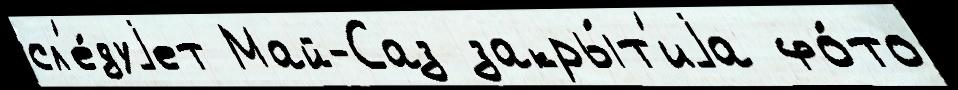
сл'е́дуjет Май-Саз закры́т'иjа фо́то